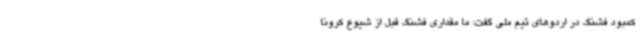
کمبود فشنگ در اردوهای تیم ملی گفت: ما مقداری فشنگ قبل از شیوع کرونا